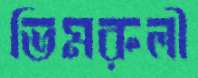
ভিমরুলী